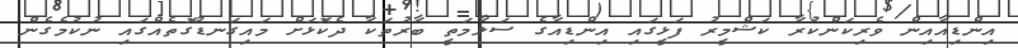
އިންޑިއާއިން ވެރިކަންކުރާ ކަޝްމީރު ފަޅީގައި އިންޑިއާގެ ސަލާމަތީ ބާރުތަކާ ދެކޮޅަށް މައިގަނޑުގޮތެއްގައި ނުކުމެގެން